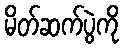
မိတ်ဆက်ပွဲကို